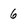
Character: 6